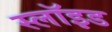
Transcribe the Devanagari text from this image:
स्लॉइड